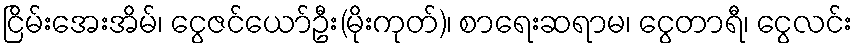
ငြိမ်းအေးအိမ်၊ ငွေဇင်ယော်ဦး(မိုးကုတ်)၊ စာရေးဆရာမ၊ ငွေတာရီ၊ ငွေလင်း